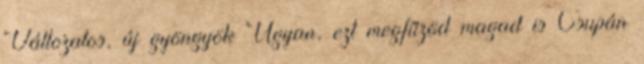
Változatos, új gyöngyök Ugyan, ezt megfűzöd magad is Csupán